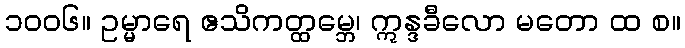
၁၀၀၆။ ဥမ္မာရေ ဧသိကတ္ထမ္ဘေ၊ ဣန္ဒခီလော မတော ထ စ။